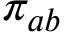
\pi _ { a b }